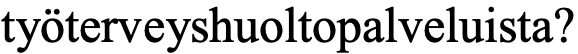
työterveyshuoltopalveluista?